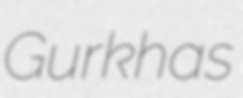
Gurkhas